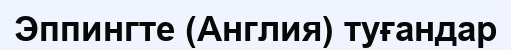
Эппингте (Англия) туғандар